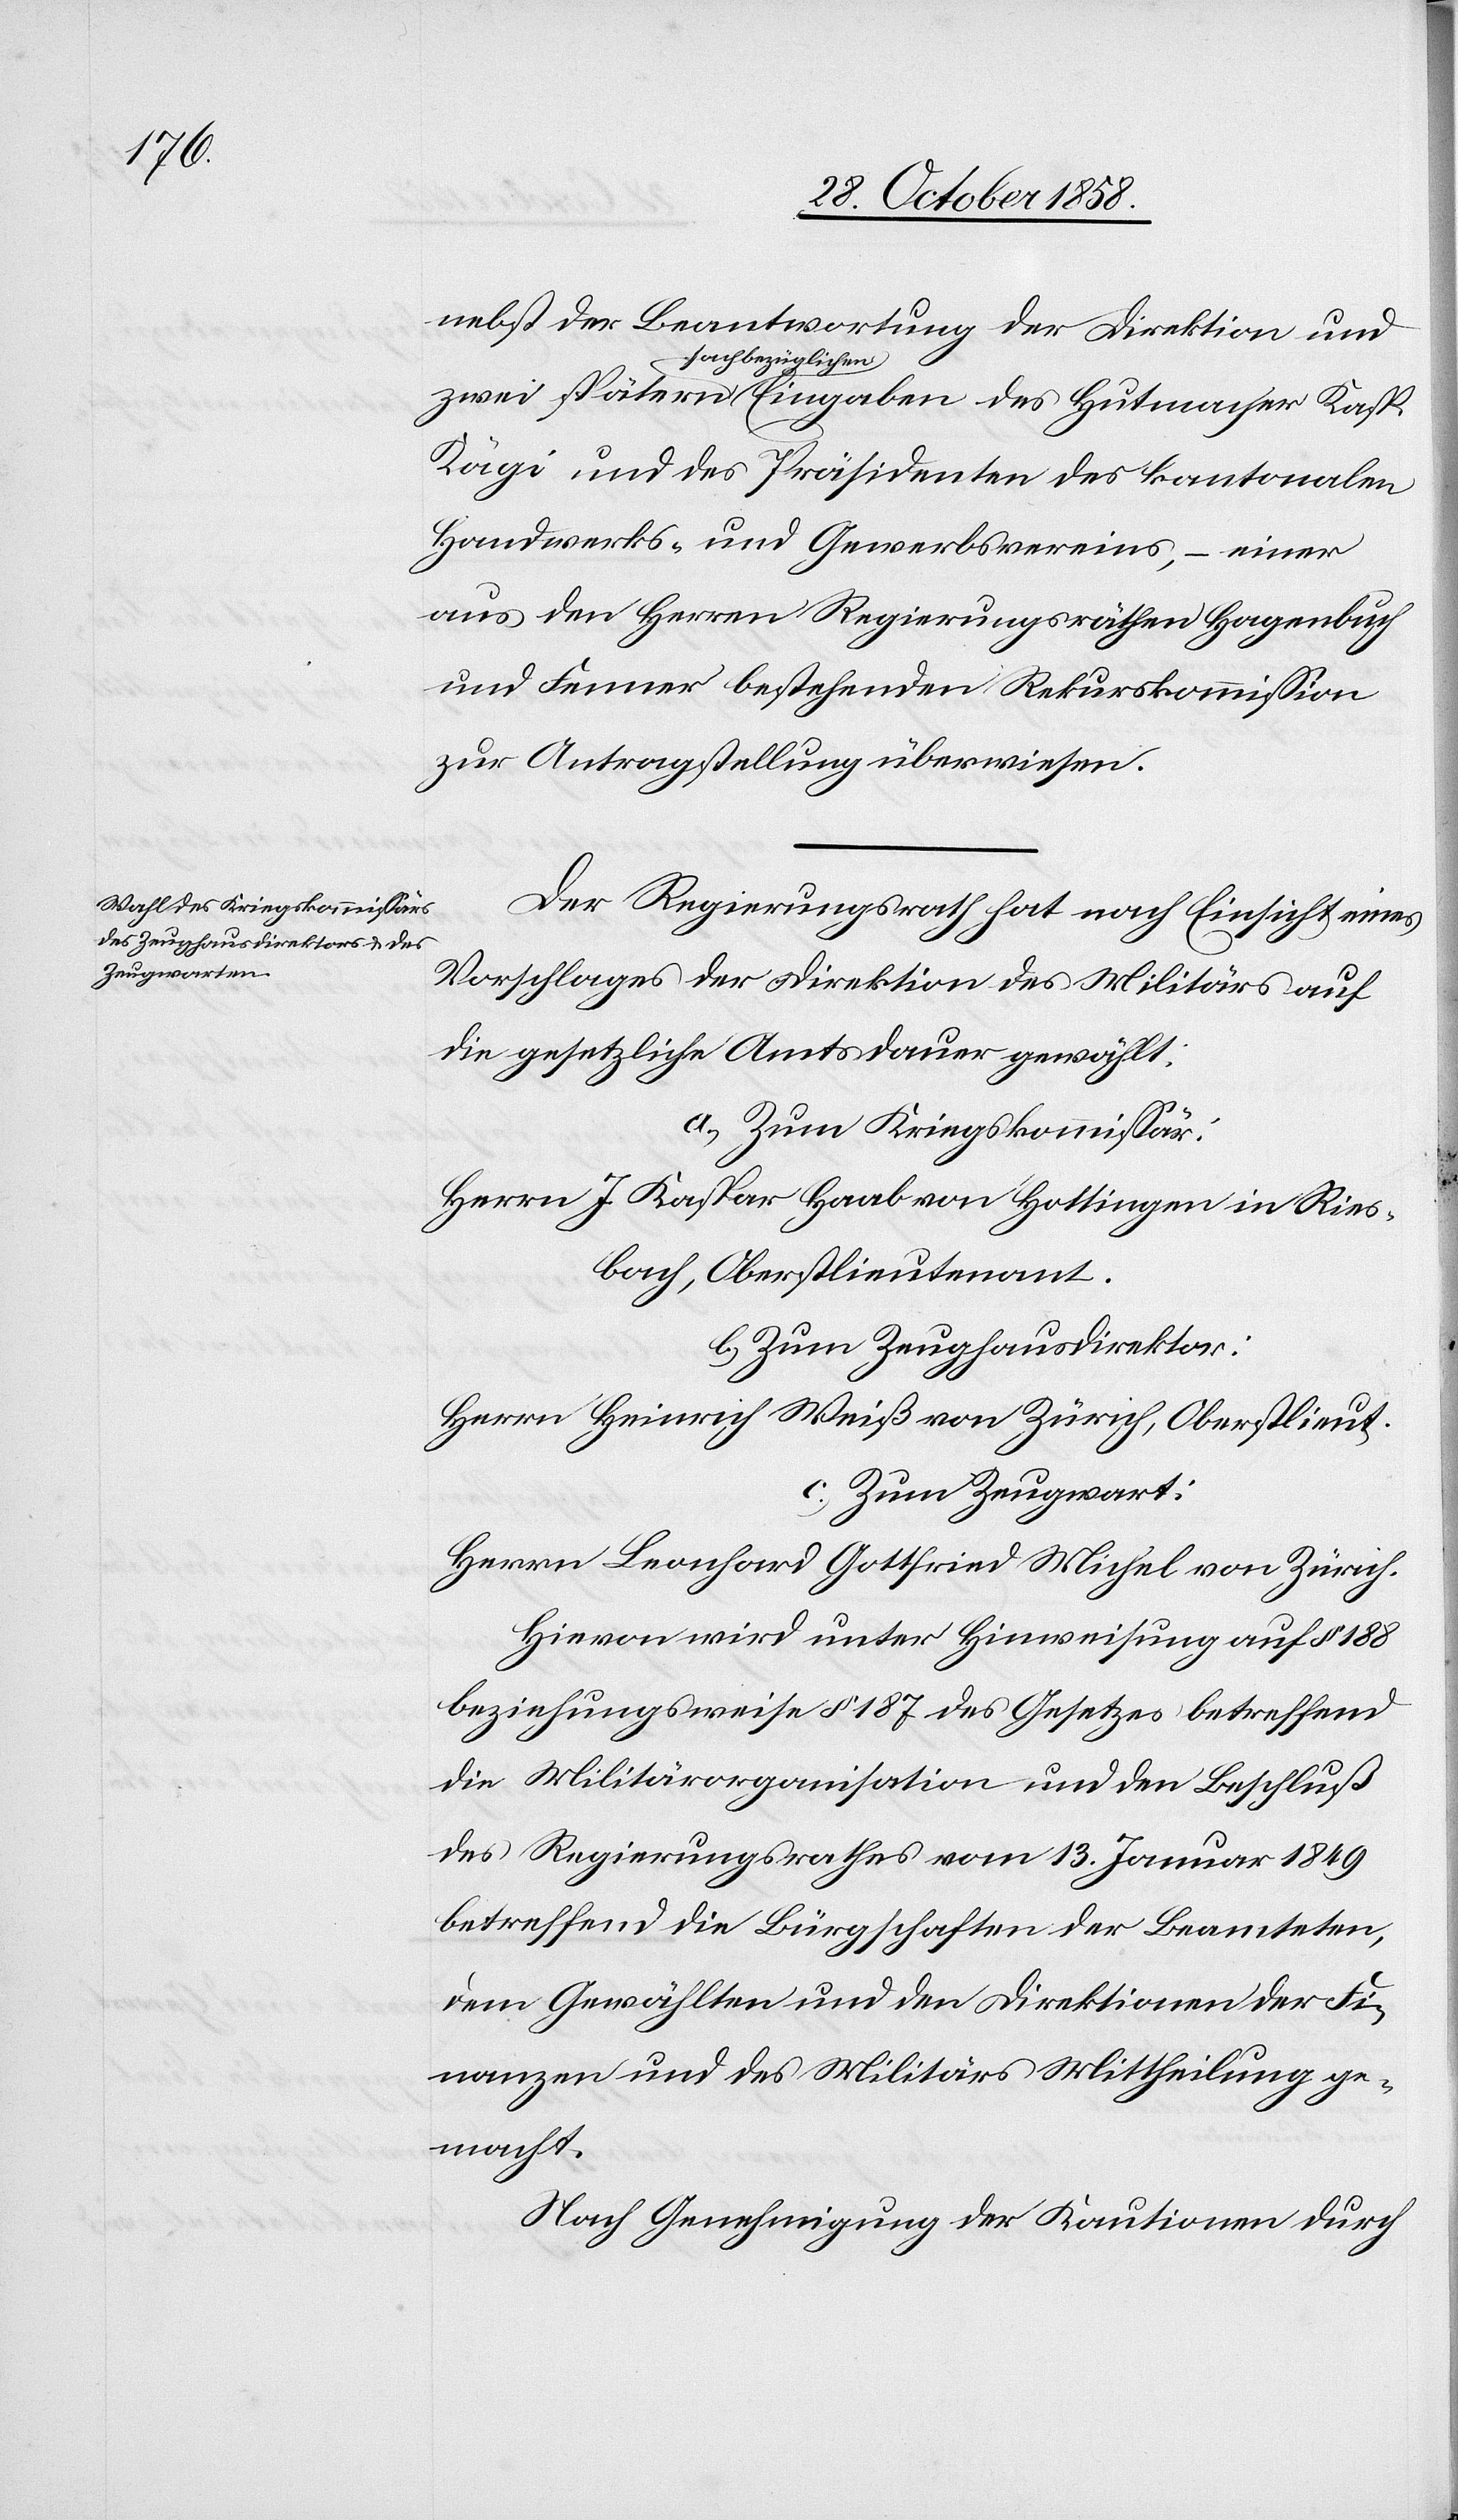
nebst der Beantwortung der Direktion und
sachbezüglichen
des
Kägi und des Präsidenten des kantonalen
Handwerks- und Gewerbsvereins, – einer
aus den Herren Regierungsräthen Hagenbuch
und Fenner bestehenden Rekurskommission
zur Antragstellung überwiesen.
Der Regierungsrath hat nach Einsicht eines
Vorschlages der Direktion des Militärs auf
die gesetzliche Amtsdauer gewählt:
a) Zum Kriegskommissär:
Herrn J. Kaspar Haab von Hottingen in Ries¬
bach, Oberstlieutenant.
b) Zum Zeughausdirektor:
Herrn Heinrich Weiß von Zürich, Oberstlieut.
c) Zum Zeugwart:
Herrn Leonhard Gottfried Michel von Zürich.
Hievon wird unter Hinweisung auf § 188
beziehungsweise § 187 des Gesetzes betreffend
die Militärorganisation und den Beschluß
des Regierungsrathes vom 13. Januar 1849
betreffend die Bürgschaften der Beamteten,
dem Gewählten und den Direktionen der Fi¬
nanzen und des Militärs Mittheilung ge¬
macht.
Nach Genehmigung der Kautionen durch